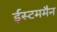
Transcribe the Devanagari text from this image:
ईस्टममैन